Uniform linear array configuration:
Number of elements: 24
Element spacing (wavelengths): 0.25
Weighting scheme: hann
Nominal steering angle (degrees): -45
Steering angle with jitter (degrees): -43.213
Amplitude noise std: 0.05
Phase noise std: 0.05

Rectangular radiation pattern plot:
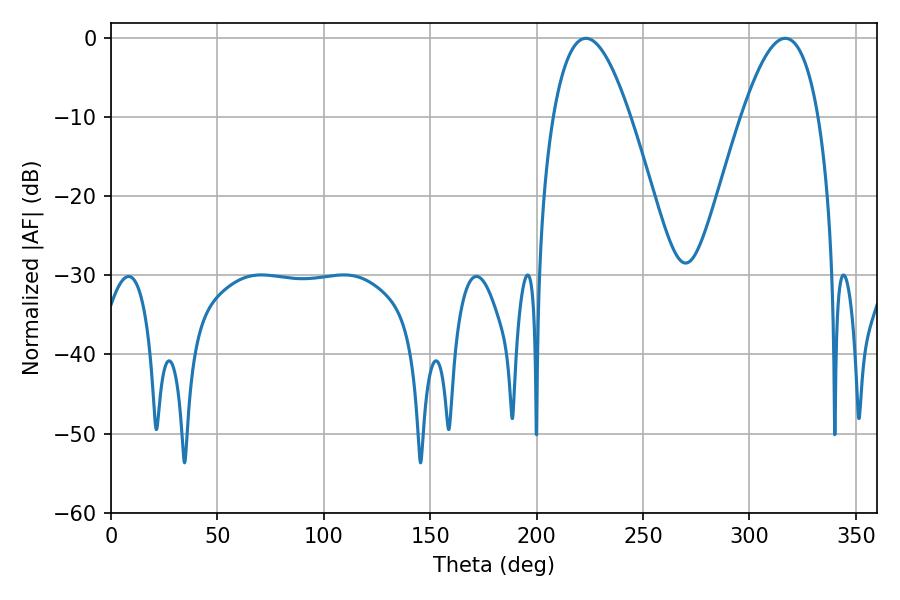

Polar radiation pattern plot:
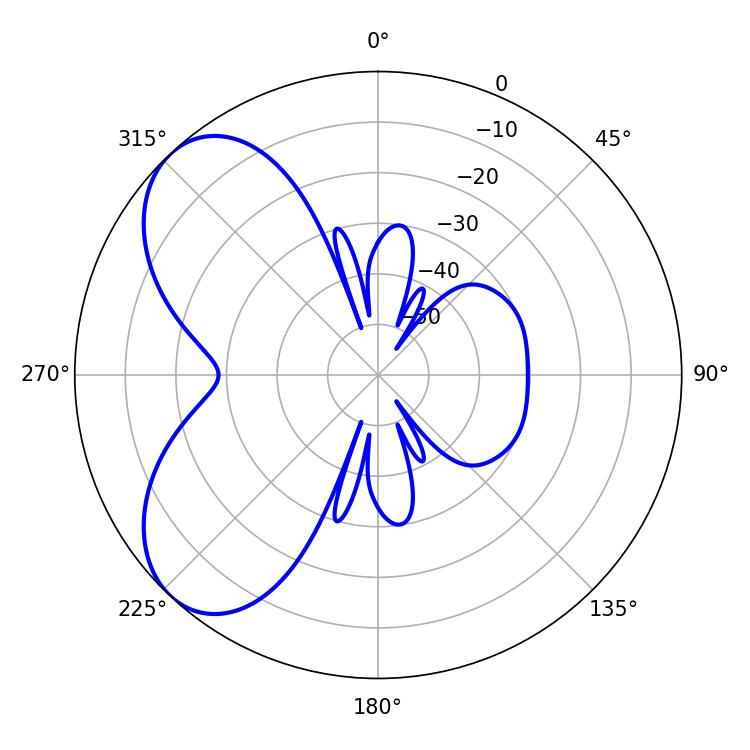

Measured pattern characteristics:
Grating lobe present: FALSE
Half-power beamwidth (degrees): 19.8
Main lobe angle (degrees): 223.2